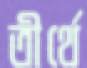
তীর্থে